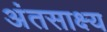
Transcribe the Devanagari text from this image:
अंतसाक्ष्य